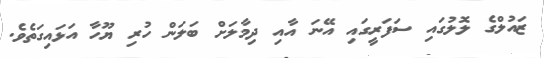
ޒައުލްގެ ލޮލުގައި ސަފަރީގައި އޭނަ އާއި ދިމާލަށް ބަލަން ހުރި ޔޫހާ އަޅައިގަތެވެ.